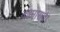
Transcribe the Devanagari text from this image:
कामाराता